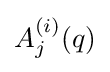
A_{j}^{(i)}(q)